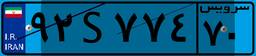
۴۷S۶۲۳۴۲